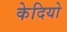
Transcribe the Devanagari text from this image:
केदियो